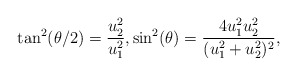
\begin{align*}\tan^2(\theta/2) = \frac{u_2^2}{u_1^2},\sin^2(\theta) = \frac{4u_1^2u_2^2}{(u_1^2+u_2^2)^2},\end{align*}